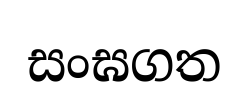
සංඝගත